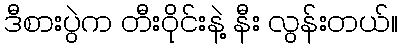
ဒီစားပွဲက တီးဝိုင်းနဲ့ နီး လွန်းတယ်။